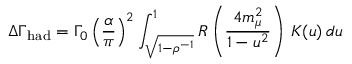
\Delta \Gamma _ { \mathrm { h a d } } = \Gamma _ { 0 } \left( \frac { \alpha } { \pi } \right) ^ { 2 } \int _ { \sqrt { 1 - \rho ^ { - 1 } } } ^ { 1 } R \left( \frac { 4 m _ { \mu } ^ { 2 } } { 1 - u ^ { 2 } } \right) \, K ( u ) \, d u